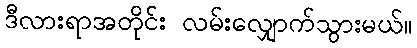
ဒီလားရာအတိုင်း လမ်းလျှောက်သွားမယ်။